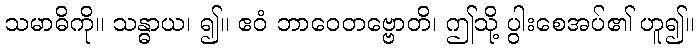
သမာဓိကို။ သန္ဓာယ၊ ၍။ ဧဝံ ဘာဝေတဗ္ဗောတိ၊ ဤသို့ ပွါးစေအပ်၏ ဟူ၍။